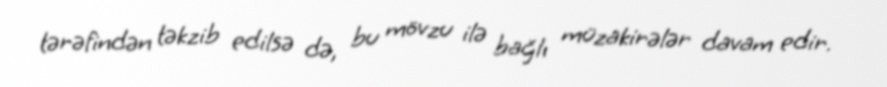
tərəfindən təkzib edilsə də, bu mövzu ilə bağlı müzakirələr davam edir.